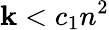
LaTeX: \mathbf{k}<c_{1}n^{2}